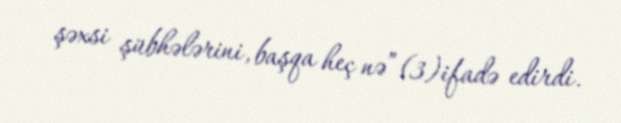
şəxsi şübhələrini, başqa heç nə”(3)ifadə edirdi.